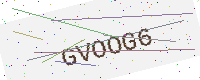
Text: GVOOG6